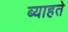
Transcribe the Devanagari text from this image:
ब्याहते